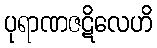
ပုရာဏဇဋိလေဟိ